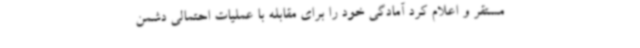
مستقر و اعلام کرد آمادگی خود را برای مقابله با عملیات احتمالی دشمن